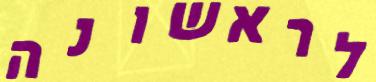
לראשונה